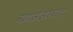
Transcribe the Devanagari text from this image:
वज्रझंझावात